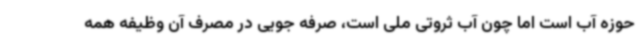
حوزه آب است اما چون آب ثروتی ملی است، صرفه جویی در مصرف آن وظیفه همه